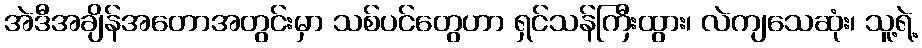
အဲဒီအချိန်အတောအတွင်းမှာ သစ်ပင်တွေဟာ ရှင်သန်ကြီးထွား၊ လဲကျသေဆုံး၊ သူ့ရဲ့